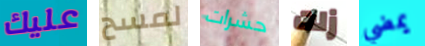
عليك لمسح حشرات زلت يمضي